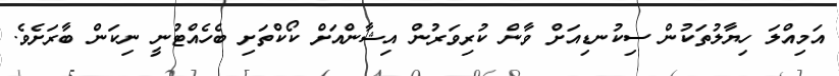
އަމިއްލަ ހިޔާލުތަކުން ސިކުނޑިއަށް ވާން ކުރިވަރުން އިޝާންއަށް ކޯކްތަށި ބެހެއްޓުނީ ނިކަން ބާރަށެވެ.